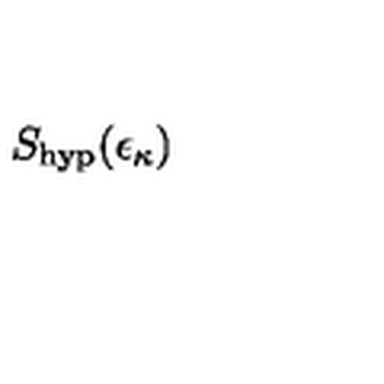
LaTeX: S _ { \mathrm { h y p } } ( \epsilon _ { \kappa } )